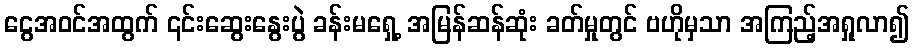
ငွေအဝင်အထွက် ၎င်းဆွေးနွေးပွဲ ခန်းမရှေ့ အမြန်ဆန်ဆုံး ခတ်မှုတွင် ဗဟိုမှသာ အကြည့်အရှုလာ၍